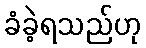
ခံခဲ့ရသည်ဟု